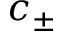
c _ { \pm }